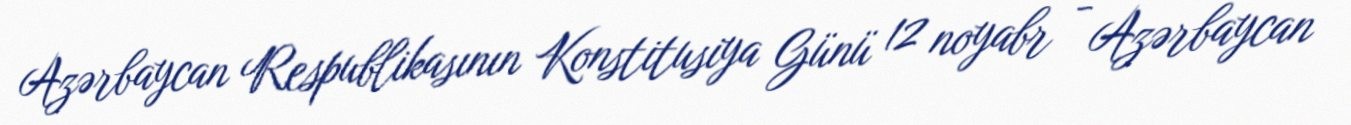
Azərbaycan Respublikasının Konstitusiya Günü 12 noyabr - Azərbaycan